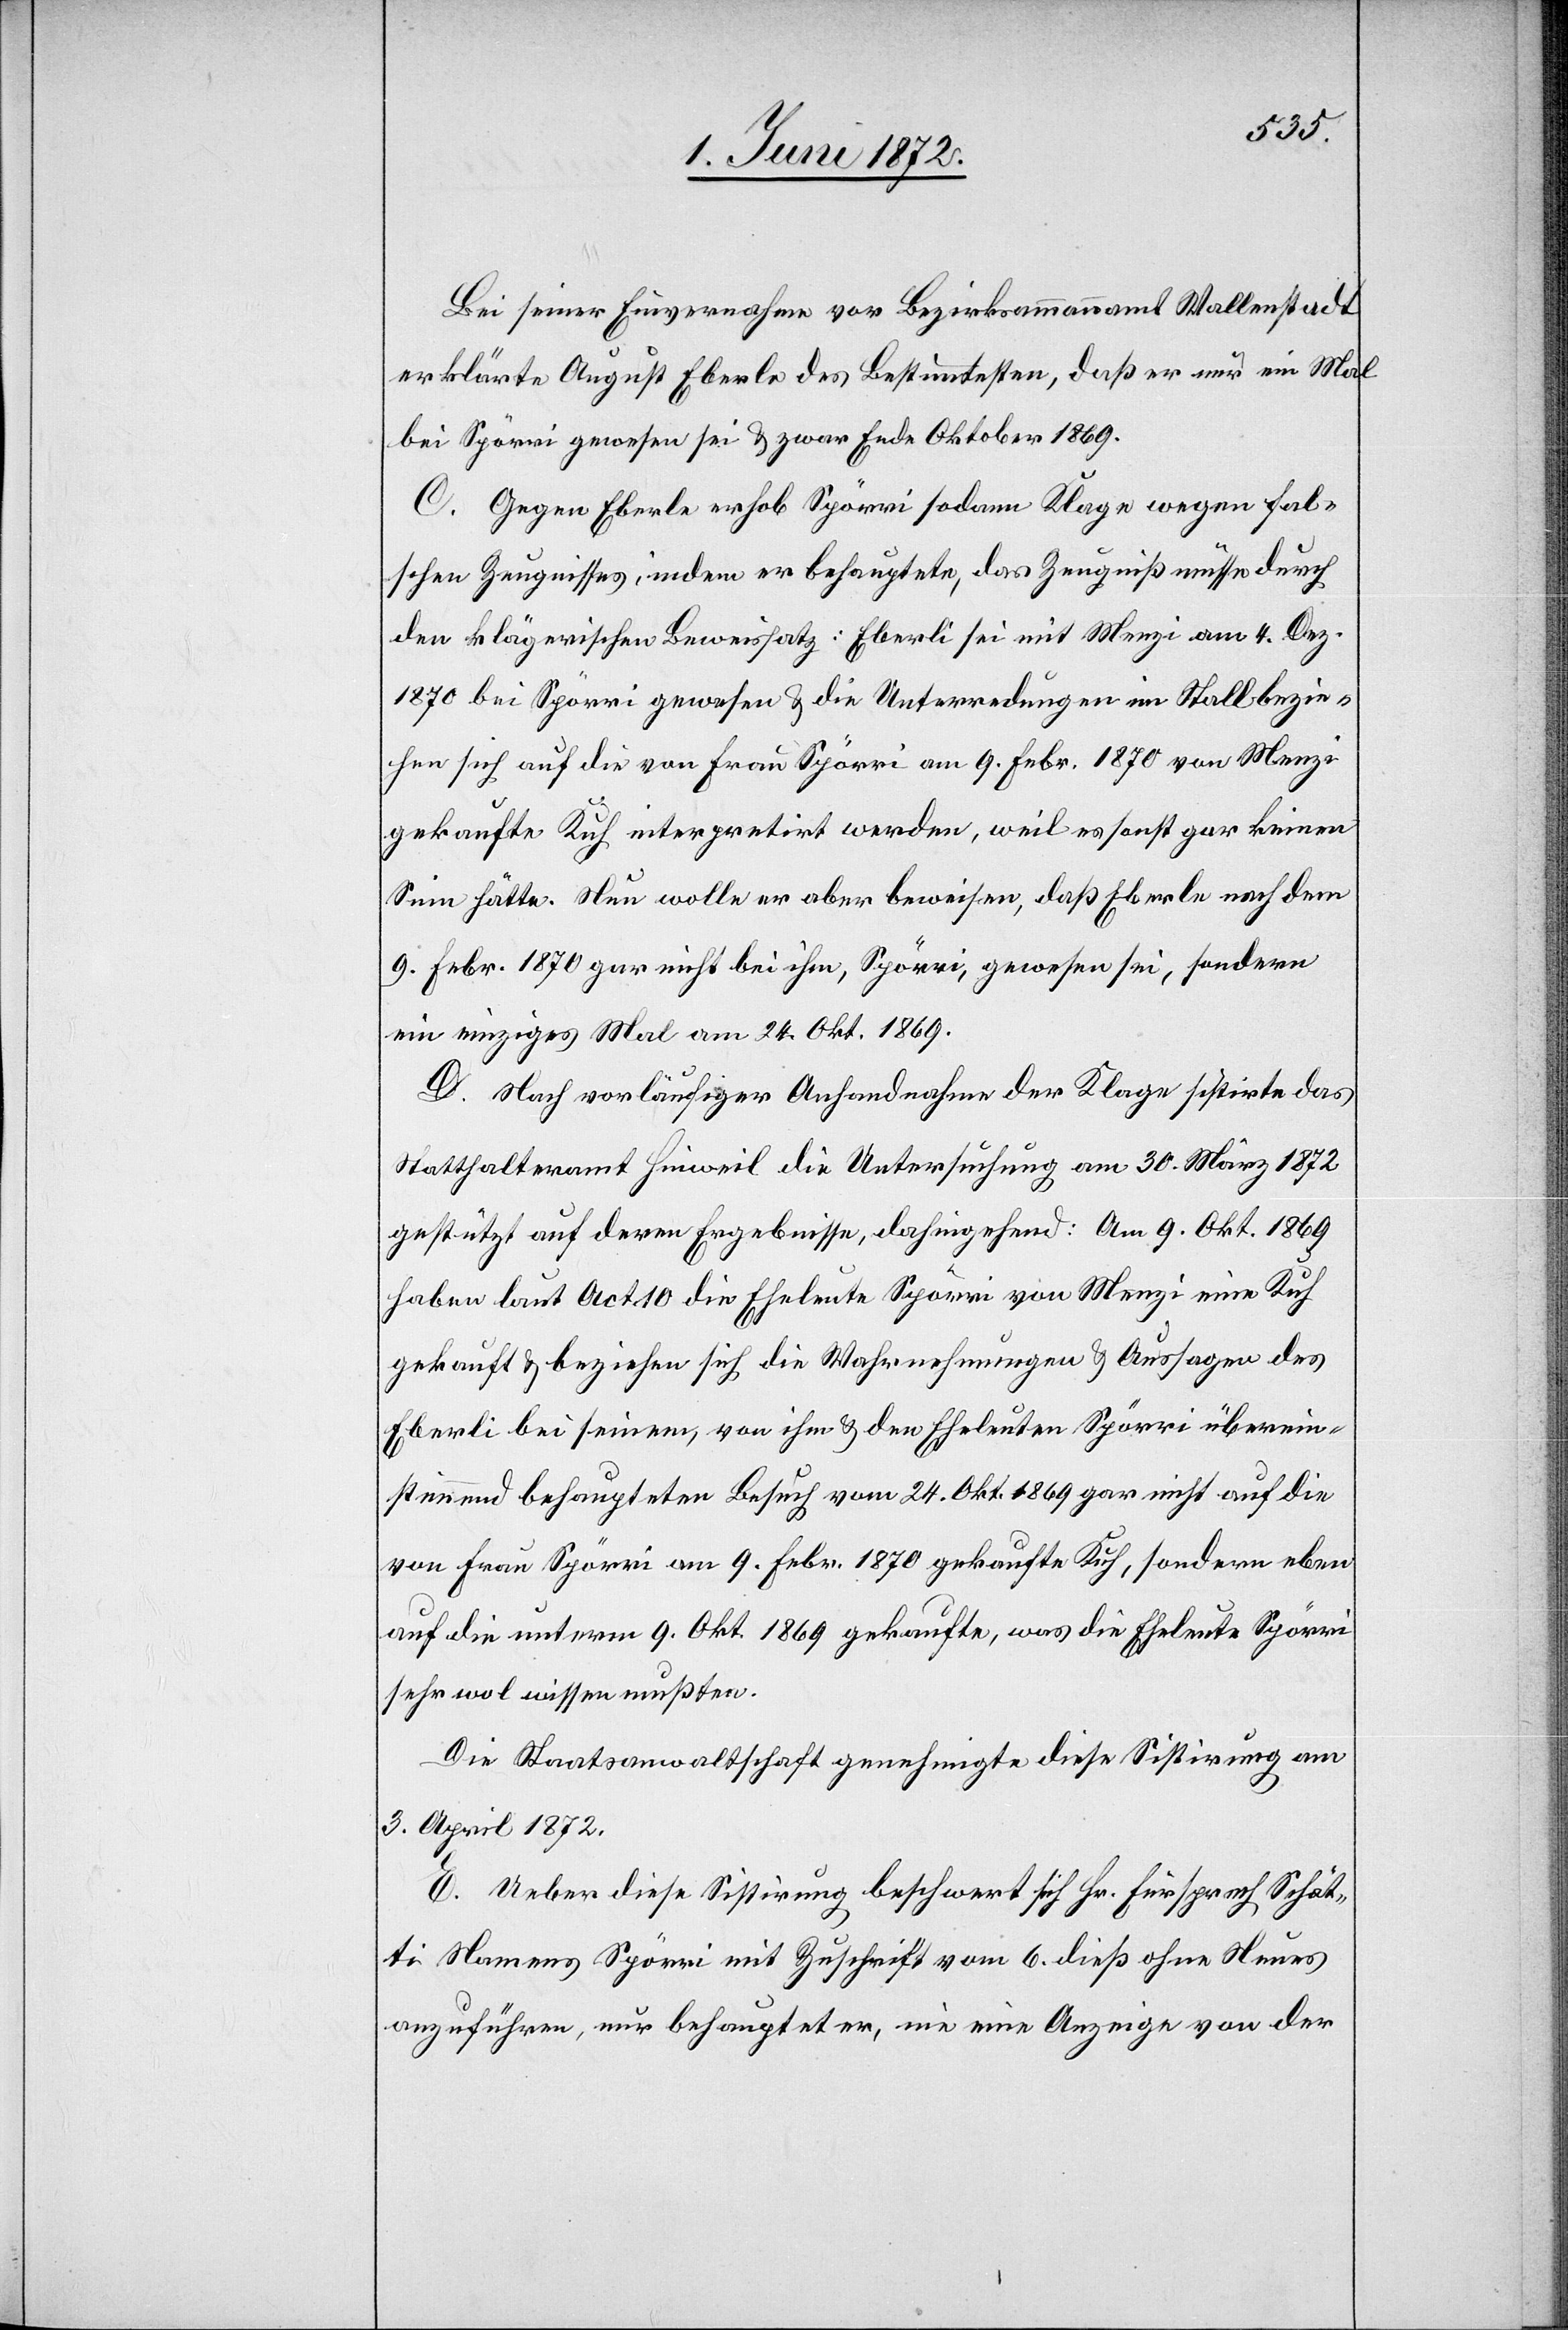
Bei seiner Einvernahme vor Bezirksammannamt Wallenstadt
erklärte August Eberle des Bestimmtesten, daß er nur ein Mal
bei Spörri gewesen sei u. zwar Ende Oktober 1869.
C. Gegen Eberle erhob Spörri sodann Klage wegen fal¬
schen Zeugnisses, indem er behauptete, das Zeugniß müsse durch
den klägerischen Beweissatz: Eberli [sic!] sei mit Menzi am 4. Dez.
1870 bei Spörri gewesen u. die Unterredungen im Stall bezie¬
hen sich auf die von Frau Spörri am 9. Febr. 1870 von Menzi
gekaufte Kuh interpretirt werden, weil es sonst gar keinen
Sinn hätte. Nun wolle er aber beweisen, daß Eberle nach dem
9. Febr. 1870 gar nicht bei ihm, Spörri, gewesen sei, sondern
ein einziges Mal am 24. Okt. 1869.
D. Nach vorläufiger Anhandnahme der Klage sistirte das
Statthalteramt Hinweil die Untersuchung am 30. März 1872
gestützt auf deren Ergebnisse, dahingehend: Am 9. Okt. 1869
haben laut Act 10 die Eheleute Spörri von Menzi eine Kuh
gekauft u. beziehen sich die Wahrnehmungen u. Aussagen des
Eberli bei seinem, von ihm u. den Eheleuten Spörri überein¬
stimmend behaupteten Besuch vom 24. Okt. 1869 gar nicht auf die
von Frau Spörri am 9. Febr. 1870 gekaufte Kuh, sondern eben
auf die unterm 9. Okt. 1869 gekaufte, was die Eheleute Spörri
sehr wol wissen mußten.
Die Staatsanwaltschaft genehmigte diese Sistirung am
3. April 1872.
E. Ueber diese Sistirung beschwert sich Hr. Fürsprech Schät¬
ti Namens Spörri mit Zuschrift vom 6. dieß ohne Neues
anzuführen, nur behauptet er, nie eine Anzeige von der